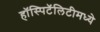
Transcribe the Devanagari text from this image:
हॉस्पिटॅलिटीमध्ये